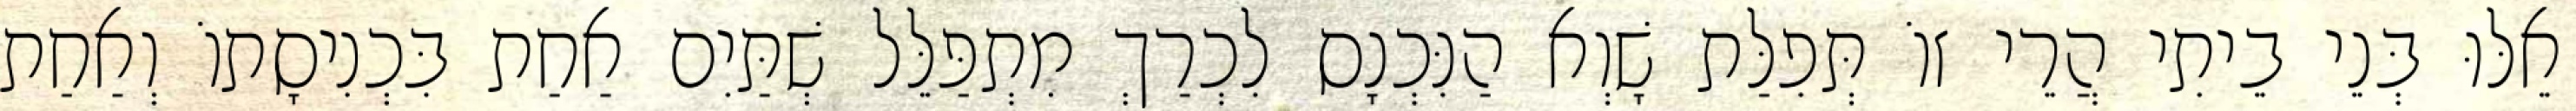
אֵלּוּ בְּנֵי בֵיתִי הֲרֵי זוֹ תְּפִלַּת שָׁוְא הַנִּכְנָס לִכְרַךְ מִתְפַּלֵּל שְׁתַּיִם אַחַת בִּכְנִיסָתוֹ וְאַחַת